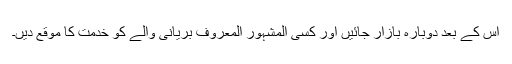
اس کے بعد دوبارہ بازار جائیں اور کسی المشہور المعروف بریانی والے کو خدمت کا موقع دیں۔